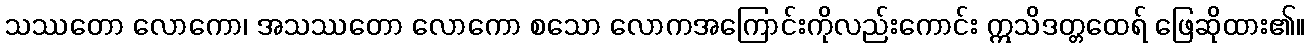
သဿတော လောကော၊ အသဿတော လောကော စသော လောကအကြောင်းကိုလည်းကောင်း ဣသိဒတ္တထေရ် ဖြေဆိုထား၏။